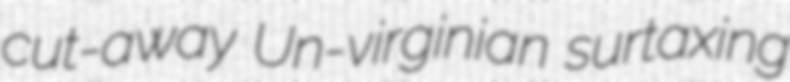
cut-away Un-virginian surtaxing